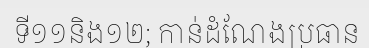
ទី១១និង១២; កាន់ដំណែងប្រធាន